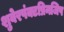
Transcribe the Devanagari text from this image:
शुवेरपंक्टप्रिनजिप